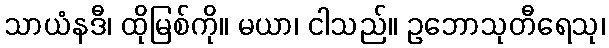
သာယံနဒီ၊ ထိုမြစ်ကို။ မယာ၊ ငါသည်။ ဥဘောသုတီရေသု၊